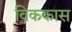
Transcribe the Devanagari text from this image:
विककास